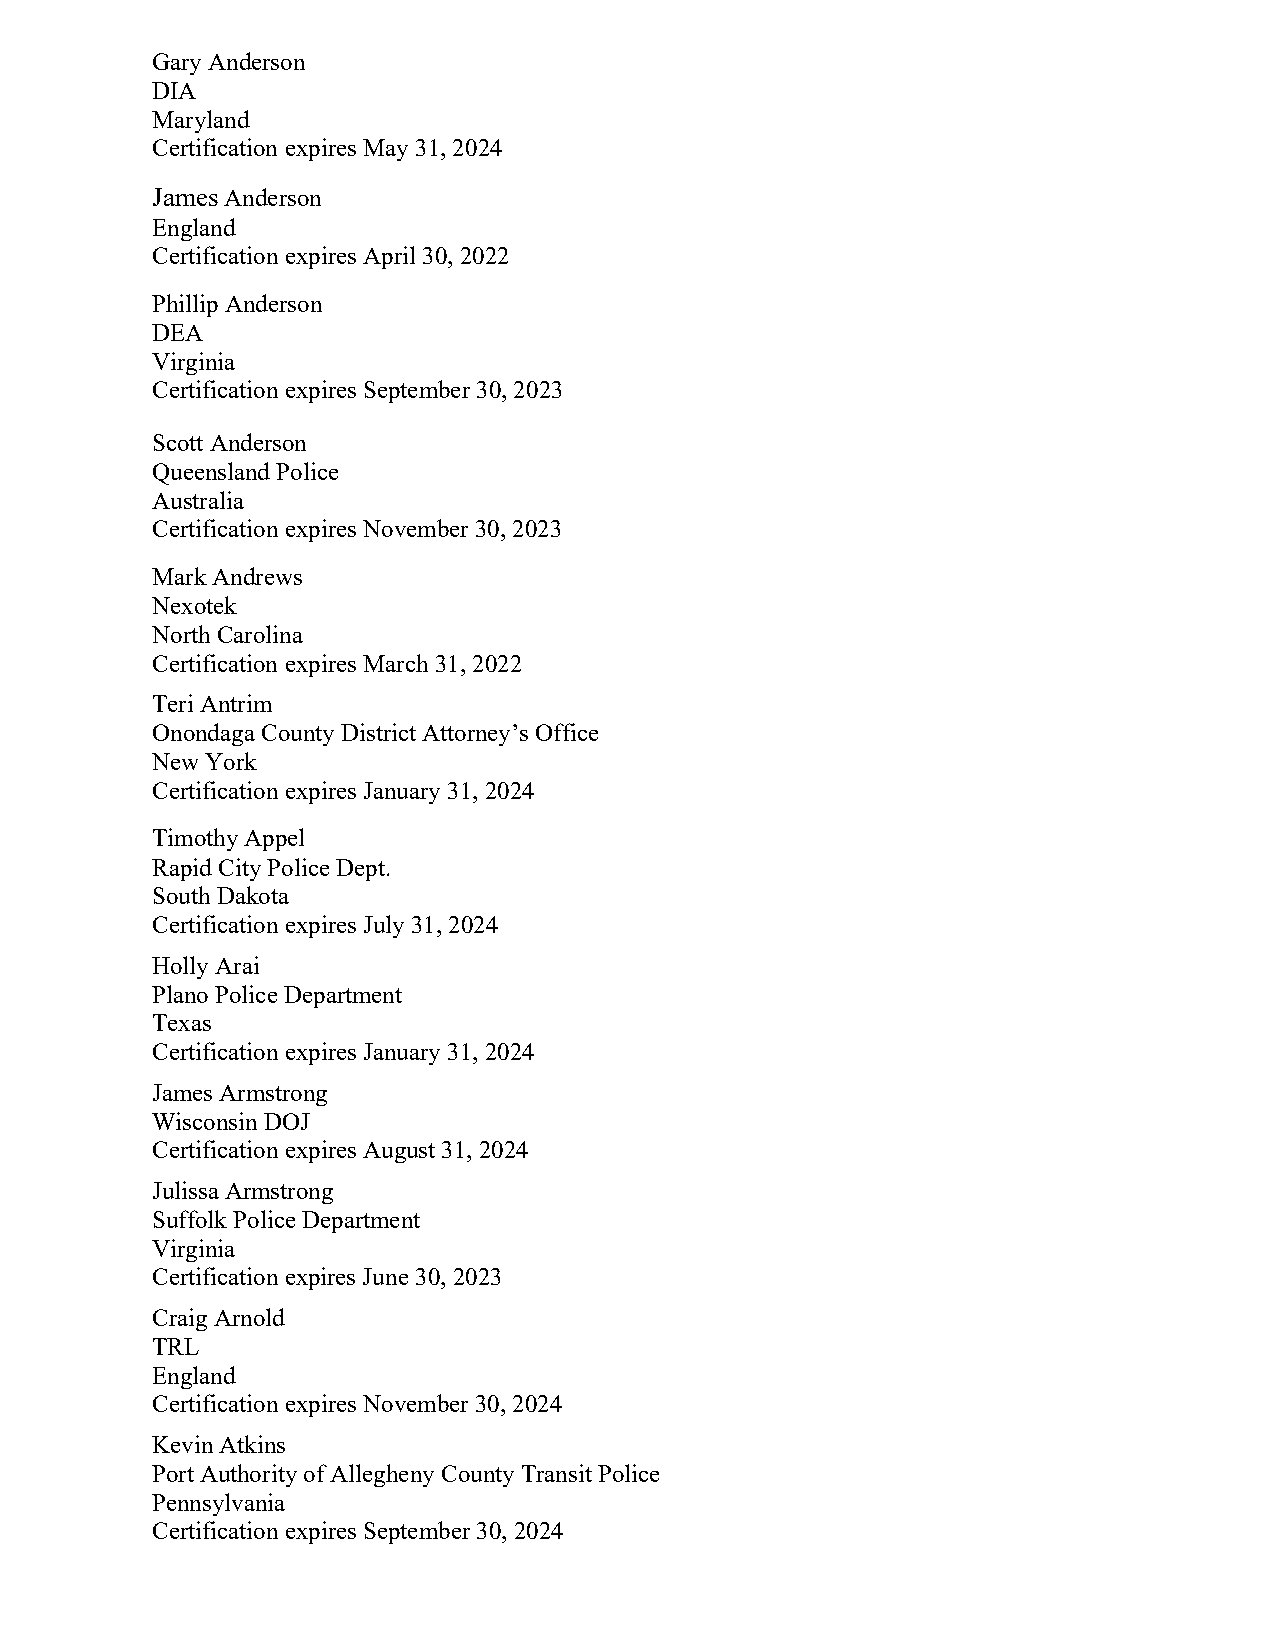
Gary Anderson
 DIA
 Maryland
 Certification expires May 31, 2024
 James Anderson
 England
 Certification expires April 30, 2022
 Phillip Anderson
 DEA
 Virginia
 Certification expires September 30, 2023
 Scott Anderson
 Queensland Police
 Australia
 Certification expires November 30, 2023
 Mark Andrews
 Nexotek
 North Carolina
 Certification expires March 31, 2022
 Teri Antrim
 Onondaga County District Attorney’s Office
 New York
 Certification expires January 31, 2024
 Timothy Appel
 Rapid City Police Dept.
 South Dakota
 Certification expires July 31, 2024
 Holly Arai
 Plano Police Department
 Texas
 Certification expires January 31, 2024
 James Armstrong
 Wisconsin DOJ
 Certification expires August 31, 2024
 Julissa Armstrong
 Suffolk Police Department
 Virginia
 Certification expires June 30, 2023
 Craig Arnold
 TRL
 England
 Certification expires November 30, 2024
 Kevin Atkins
 Port Authority of Allegheny County Transit Police
 Pennsylvania
 Certification expires September 30, 2024